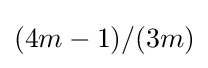
(4m-1)/(3m)